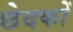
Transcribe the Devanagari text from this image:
छेदकों